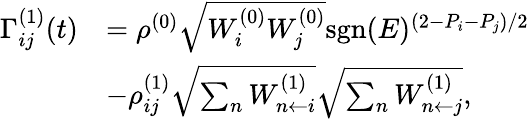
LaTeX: \begin{array}{rl}{\Gamma_{ij}^{(1)}(t)}&{=\rho^{(0)}\sqrt{W_{i}^{(0)}W_{j}^{(0)}}\mathrm{sgn}(E)^{(2-P_{i}-P_{j})/2}}\\ &{-\rho_{ij}^{(1)}\sqrt{\sum_{n}W_{n\leftarrow i}^{(1)}}\sqrt{\sum_{n}W_{n\leftarrow j}^{(1)}},}\end{array}